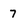
Character: 7